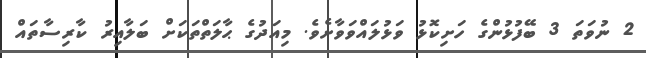
2 ނުވަތަ 3 ބޭފުޅުންގެ ހަށިކޮޅު ވަޅުލައްވަވާށެވެ. މިއަދުގެ ޙާލަތްތަކަށް ބަލާއިރު ކާރިސާތައް